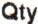
QTY